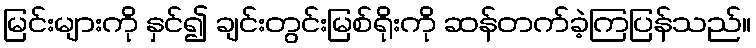
မြင်းများကို နှင်၍ ချင်းတွင်းမြစ်ရိုးကို ဆန်တက်ခဲ့ကြပြန်သည်။